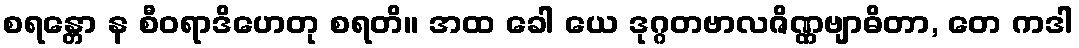
စရန္တော န စီဝရာဒိဟေတု စရတိ။ အထ ခေါ ယေ ဒုဂ္ဂတဗာလဇိဏ္ဏဗျာဓိတာ, တေ ကဒါ